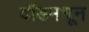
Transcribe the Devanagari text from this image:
दौंडमधून